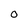
Character: 0